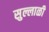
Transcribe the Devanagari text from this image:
सुल्लाळी